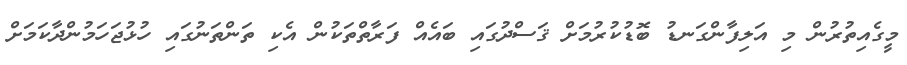
މީގެއިތުރުން މި އަލިފާންގަނޑު ބޮޑުކުރުމަށް ޤަސްދުގައި ބައެއް ފަރާތްތަކުން އެކި ތަންތަނުގައި ހުޅުޖަހަމުންދާކަމަށް